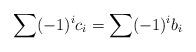
LaTeX: \begin{align*} \sum (-1)^{i} c_i = \sum (-1)^{i} b_i\end{align*}